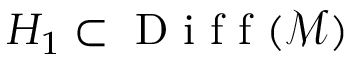
H _ { 1 } \subset \mathrm { ~ D ~ i ~ f ~ f ~ } ( \mathcal { M } )